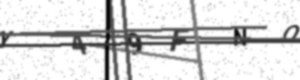
Text: Y49FNO